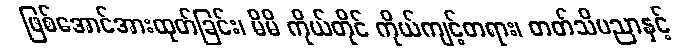
ဖြစ်အောင်အားထုတ်ခြင်း၊ မိမိ ကိုယ်တိုင် ကိုယ်ကျင့်တရား၊ တတ်သိပညာနှင့်